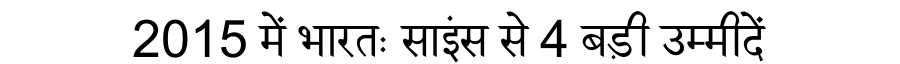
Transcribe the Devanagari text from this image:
2015 में भारतः साइंस से 4 बड़ी उम्मीदें